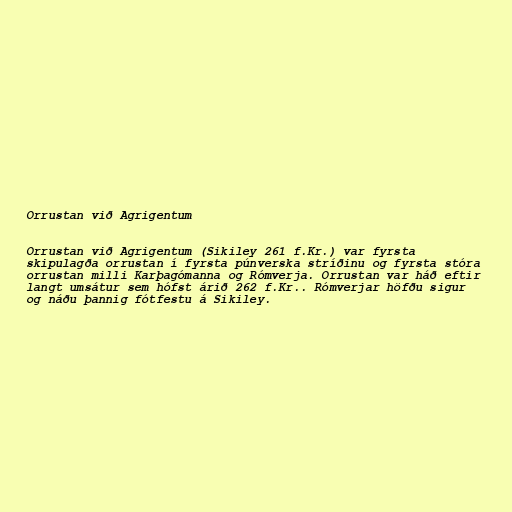
Orrustan við Agrigentum

Orrustan við Agrigentum (Sikiley 261 f.Kr.) var fyrsta
skipulagða orrustan í fyrsta púnverska stríðinu og fyrsta stóra
orrustan milli Karþagómanna og Rómverja. Orrustan var háð eftir
langt umsátur sem hófst árið 262 f.Kr.. Rómverjar höfðu sigur
og náðu þannig fótfestu á Sikiley.